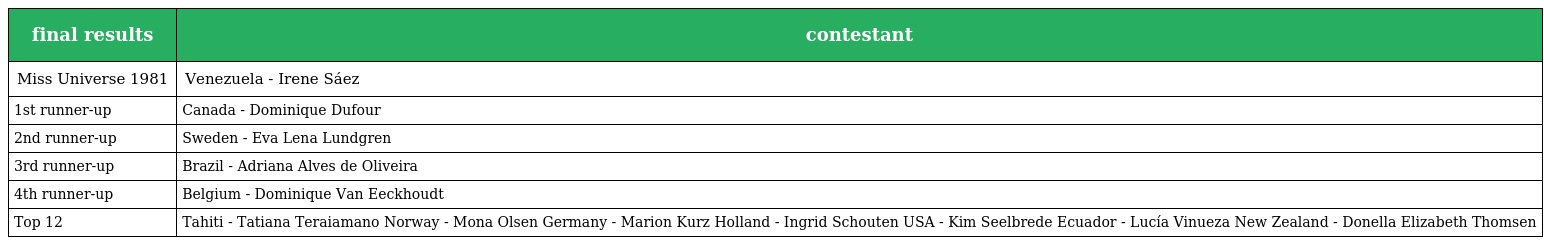
| final results | contestant |
 | --- | --- |
 | Miss Universe 1981 | Venezuela - Irene Sáez |
 | 1st runner-up | Canada - Dominique Dufour |
 | 2nd runner-up | Sweden - Eva Lena Lundgren |
 | 3rd runner-up | Brazil - Adriana Alves de Oliveira |
 | 4th runner-up | Belgium - Dominique Van Eeckhoudt |
 | Top 12 | Tahiti - Tatiana Teraiamano Norway - Mona Olsen Germany - Marion Kurz Holland - Ingrid Schouten USA - Kim Seelbrede Ecuador - Lucía Vinueza New Zealand - Donella Elizabeth Thomsen |